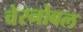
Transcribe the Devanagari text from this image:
चेरनोबल